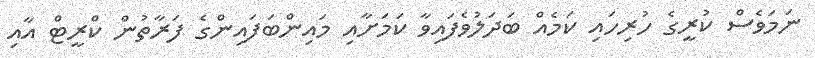
ނަމަވެސް ކުރީގެ ހުރިހައި ކަމެއް ބަދަލުވެފައިވާ ކަމަށާއި މައިންބަފައިންގެ ފަރާތުން ކްރީޓް އާއި